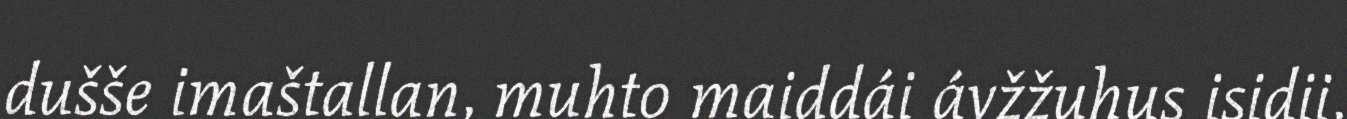
dušše imaštallan, muhto maiddái ávžžuhus isidii,